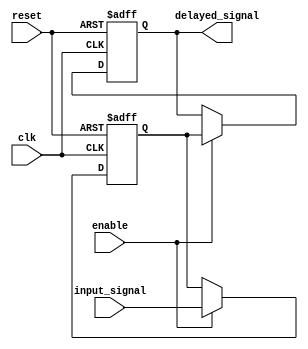
module latch_delay (
  input wire clk,
  input wire reset,
  input wire enable,
  input wire [7:0] input_signal,
  output reg [7:0] delayed_signal
);

reg [7:0] latch_reg;

always @(posedge clk or posedge reset) begin
  if (reset) begin
    latch_reg <= 8'b0;
    delayed_signal <= 8'b0;
  end else if (enable) begin
    latch_reg <= input_signal;
    delayed_signal <= latch_reg;
  end
end

endmodule